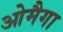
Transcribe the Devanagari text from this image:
ओमैगा